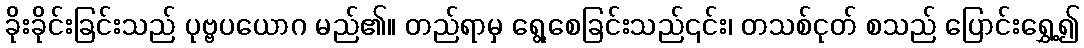
ခိုးခိုင်းခြင်းသည် ပုဗ္ဗပယောဂ မည်၏။ တည်ရာမှ ရွေ့စေခြင်းသည်၎င်း၊ တသစ်ငုတ် စသည် ပြောင်းရွှေ့၍